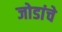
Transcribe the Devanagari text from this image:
जोडांचे